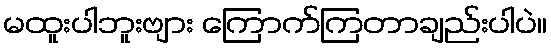
မထူးပါဘူးဗျား ကြောက်ကြတာချည်းပါပဲ။